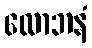
လောဘနံ